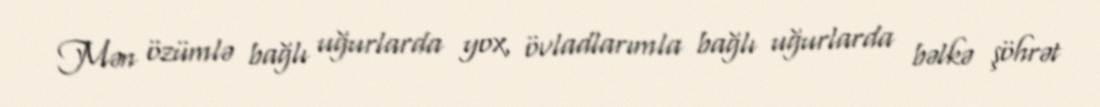
Mən özümlə bağlı uğurlarda yox, övladlarımla bağlı uğurlarda bəlkə şöhrət